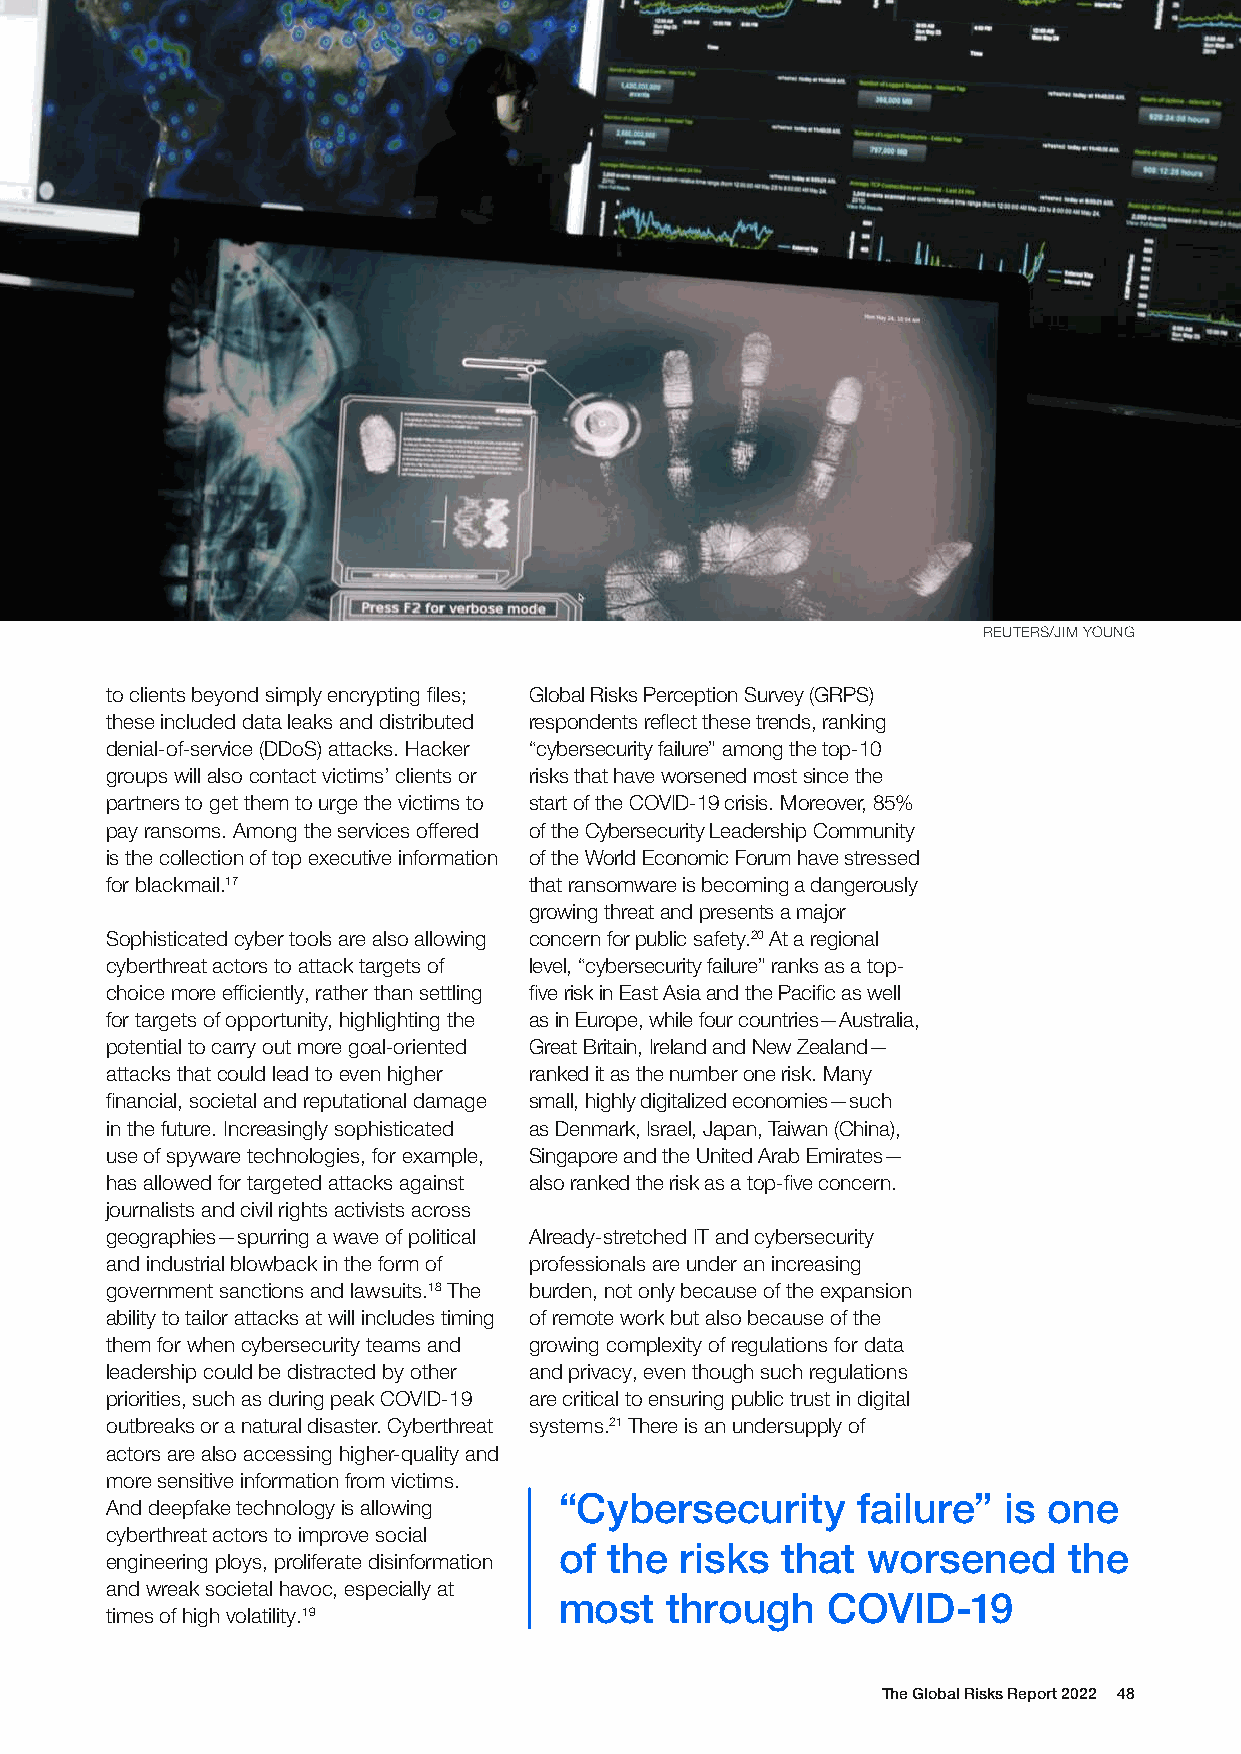
REUTERS/JIM YOUNG
 to clients beyond simply encrypting files; Global Risks Perception Survey (GRPS)
 these included data leaks and distributed respondents reflect these trends, ranking
 denial-of-service (DDoS) attacks. Hacker “cybersecurity failure” among the top-10
 groups will also contact victims’ clients or risks that have worsened most since the
 partners to get them to urge the victims to start of the COVID-19 crisis. Moreover, 85%
 pay ransoms. Among the services offered of the Cybersecurity Leadership Community
 is the collection of top executive information of the World Economic Forum have stressed
 for blackmail.17            that ransomware is becoming a dangerously
 growing threat and presents a major
 Sophisticated cyber tools are also allowing concern for public safety.20 At a regional
 cyberthreat actors to attack targets of level, “cybersecurity failure” ranks as a top-
 choice more efficiently, rather than settling five risk in East Asia and the Pacific as well
 for targets of opportunity, highlighting the as in Europe, while four countries—Australia,
 potential to carry out more goal-oriented Great Britain, Ireland and New Zealand—
 attacks that could lead to even higher ranked it as the number one risk. Many
 financial, societal and reputational damage small, highly digitalized economies—such
 in the future. Increasingly sophisticated as Denmark, Israel, Japan, Taiwan (China),
 use of spyware technologies, for example, Singapore and the United Arab Emirates—
 has allowed for targeted attacks against also ranked the risk as a top-five concern.
 journalists and civil rights activists across
 geographies—spurring a wave of political Already-stretched IT and cybersecurity
 and industrial blowback in the form of professionals are under an increasing
 government sanctions and lawsuits.18 The burden, not only because of the expansion
 ability to tailor attacks at will includes timing of remote work but also because of the
 them for when cybersecurity teams and growing complexity of regulations for data
 leadership could be distracted by other and privacy, even though such regulations
 priorities, such as during peak COVID-19 are critical to ensuring public trust in digital
 outbreaks or a natural disaster. Cyberthreat systems.21 There is an undersupply of
 actors are also accessing higher-quality and
 more sensitive information from victims.
 “Cybersecurity      failure” is one
 And deepfake technology is allowing
 cyberthreat actors to improve social
 of the  risks  that worsened      the
 engineering ploys, proliferate disinformation
 and wreak societal havoc, especially at
 most   through    COVID-19
 times of high volatility.19
 The Global Risks Report 2022 48